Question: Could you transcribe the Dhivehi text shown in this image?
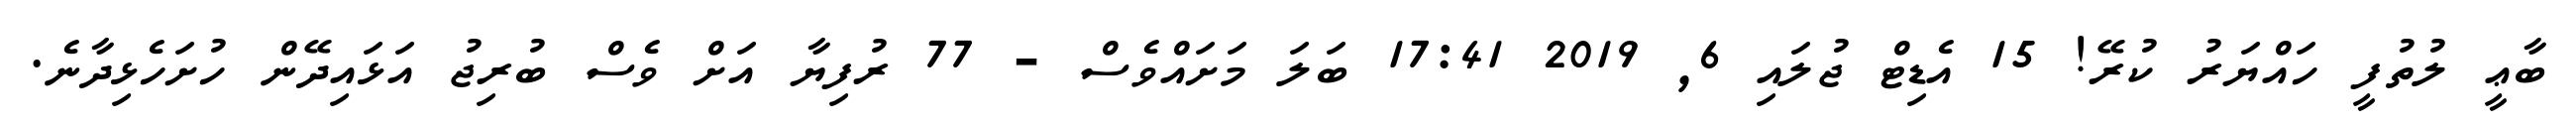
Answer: ބާޢީ ލުތުފީ ހައްޔަރު ކުރޭ! 15 އެޑިޓް ޖުލައި 6, 2019 17:41 ބަލަ މަށައްވެސް - 77 ރުފިޔާ އަށް ވެސް ބުރިޖު އަޅައިދޭން ހުށަހެޅިދާނެ.